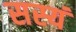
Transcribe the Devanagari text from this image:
सस्यं